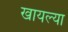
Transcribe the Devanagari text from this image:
खायल्या